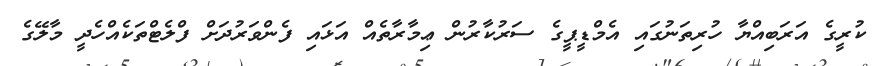
ކުރީގެ އަރަބިއްޔާ ހުރިތަނުގައި އެމްޑީޕީގެ ސަރުކާރުން ޢިމާރާތެއް އަޅައި ފެންވަރުދަށް ފްލެޓްތަކެއްހެދީ މާލޭގެ